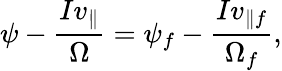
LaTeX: \psi-\frac{Iv_{\parallel}}{\Omega}=\psi_{f}-\frac{Iv_{\parallel f}}{\Omega_{f}},